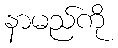
နာမည်ကို